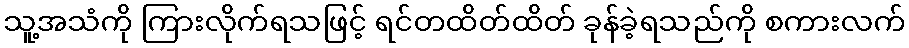
သူ့အသံကို ကြားလိုက်ရသဖြင့် ရင်တထိတ်ထိတ် ခုန်ခဲ့ရသည်ကို စကားလက်